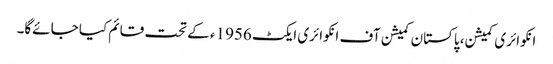
انکوائری کمیشن، پاکستان کمیشن آف انکوائری ایکٹ 1956ء کے تحت قائم کیا جائےگا۔